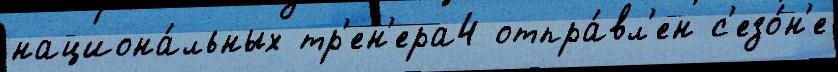
национа́льных тр'ен'ера4 отпра́вл'ен с'езо́н'е